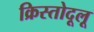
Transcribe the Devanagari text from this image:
क्रिस्तोदूलू